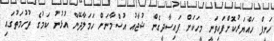
ހަނީފް ހައްޔަރުކޮށްފައިވަނީ މީހަކަށް ފައިސާދީގެން ޝުޖާއު އުސްމާނަށް ހަމަލާދޭން އުޅުނު ކަމުގެ ތުހުމަތުގައި